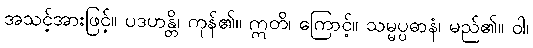
အသင့်အားဖြင့်။ ပဒဟန္တိ၊ ကုန်၏။ ဣတိ၊ ကြောင့်။ သမ္မပ္ပဓာနံ၊ မည်၏။ ဝါ၊